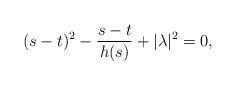
LaTeX: \begin{align*} (s-t)^2-\frac{s-t}{h(s)}+|\lambda|^2=0,\end{align*}